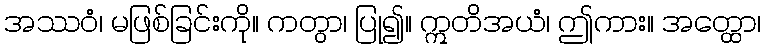
အဿဝံ၊ မဖြစ်ခြင်းကို။ ကတွာ၊ ပြု၍။ ဣတိအယံ၊ ဤကား။ အတ္ထော၊